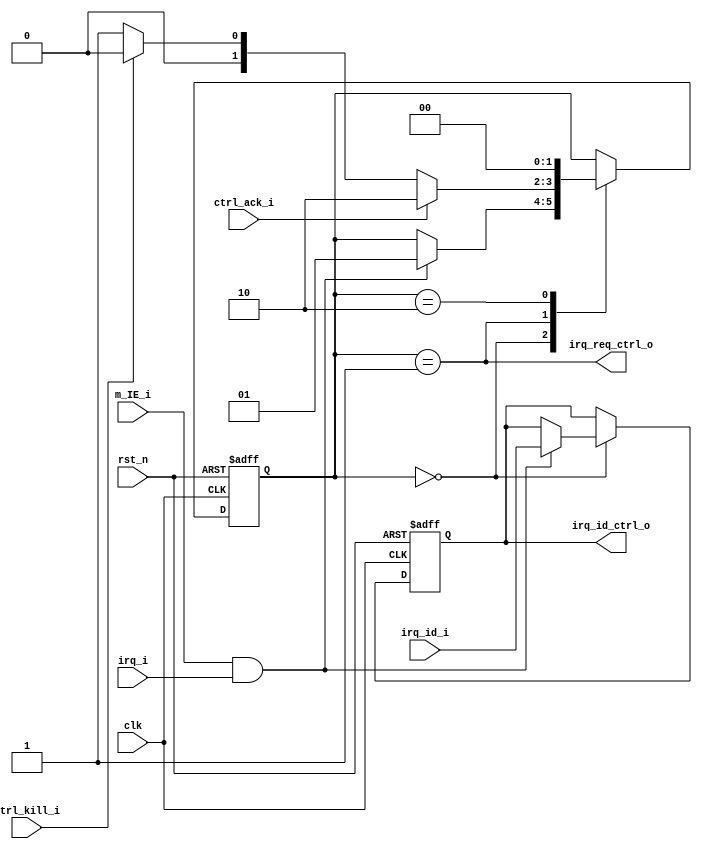
module flexbex_ibex_int_controller (
	clk,
	rst_n,
	irq_req_ctrl_o,
	irq_id_ctrl_o,
	ctrl_ack_i,
	ctrl_kill_i,
	irq_i,
	irq_id_i,
	m_IE_i
);
	input wire clk;
	input wire rst_n;
	output wire irq_req_ctrl_o;
	output wire [4:0] irq_id_ctrl_o;
	input wire ctrl_ack_i;
	input wire ctrl_kill_i;
	input wire irq_i;
	input wire [4:0] irq_id_i;
	input wire m_IE_i;
	reg [1:0] exc_ctrl_ns;
	reg [1:0] exc_ctrl_cs;
	wire irq_enable_ext;
	reg [4:0] irq_id_d;
	reg [4:0] irq_id_q;
	assign irq_enable_ext = m_IE_i;
	assign irq_req_ctrl_o = exc_ctrl_cs == 2'd1;
	assign irq_id_ctrl_o = irq_id_q;
	always @(posedge clk or negedge rst_n)
		if (!rst_n) begin
			irq_id_q <= 1'sb0;
			exc_ctrl_cs <= 2'd0;
		end
		else begin
			irq_id_q <= irq_id_d;
			exc_ctrl_cs <= exc_ctrl_ns;
		end
	always @(*) begin
		irq_id_d = irq_id_q;
		exc_ctrl_ns = exc_ctrl_cs;
		case (exc_ctrl_cs)
			2'd0:
				if (irq_enable_ext && irq_i) begin
					exc_ctrl_ns = 2'd1;
					irq_id_d = irq_id_i;
				end
			2'd1:
				case (1'b1)
					ctrl_ack_i: exc_ctrl_ns = 2'd2;
					ctrl_kill_i: exc_ctrl_ns = 2'd0;
					default: exc_ctrl_ns = 2'd1;
				endcase
			2'd2: exc_ctrl_ns = 2'd0;
		endcase
	end
endmodule